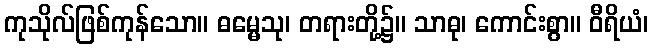
ကုသိုလ်ဖြစ်ကုန်သော။ ဓမ္မေသု၊ တရားတို့၌။ သာဓု၊ ကောင်းစွာ။ ဝီရိယံ၊